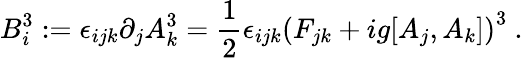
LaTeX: B_{i}^{3}:=\epsilon_{ijk}\partial_{j}A_{k}^{3}=\frac{1}{2}\epsilon_{ijk}\left(F_{jk}+ig[A_{j},A_{k}]\right)^{3}\ .